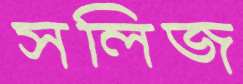
সলিজ